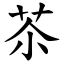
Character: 苶